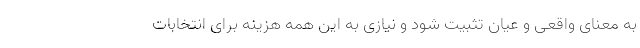
به معنای واقعی و عیان تثبیت شود و نیازی به این همه هزینه برای انتخابات